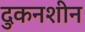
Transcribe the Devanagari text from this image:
दुकनशीन